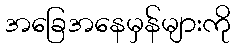
အခြေအနေမှန်များကို